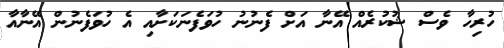
ހުރިހާ ވެސް ޝުކުރެއް އޭނާ އަށް ފެނުނު ހުވަފެނަކަށާއި އެ ހުވަފެނުން އޭނާއާ